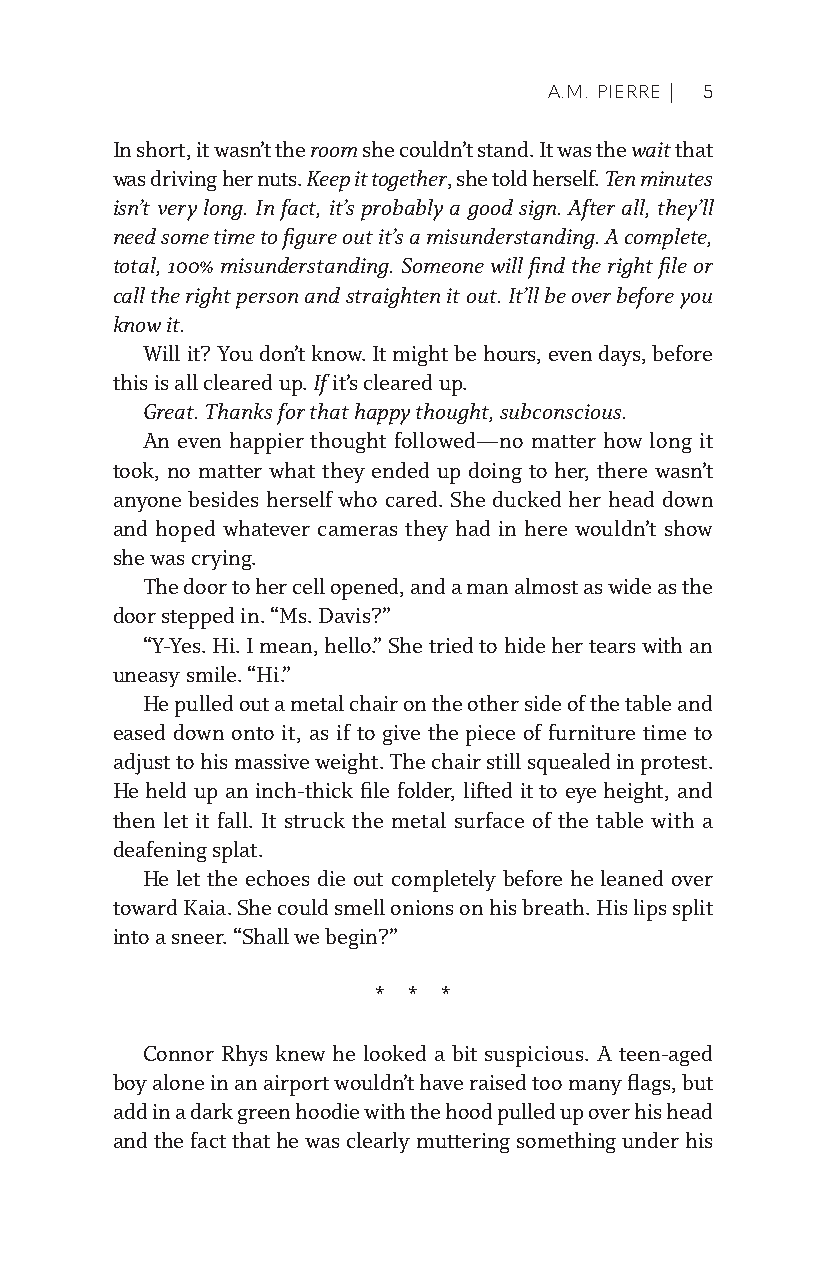
A.M. PIERRE | 5
 In short, it wasn’t the room she couldn’t stand. It was the wait that
 was driving her nuts. Keep it together, she told herself. Ten minutes
 isn’t very long. In fact, it’s probably a good sign. After all, they’ll
 need some time to figure out it’s a misunderstanding. A complete,
 total, 100% misunderstanding. Someone will find the right file or
 call the right person and straighten it out. It’ll be over before you
 know it.
 Will it? You don’t know. It might be hours, even days, before
 this is all cleared up. If it’s cleared up.
 Great. Thanks for that happy thought, subconscious.
 An even happier thought followed—no matter how long it
 took, no matter what they ended up doing to her, there wasn’t
 anyone besides herself who cared. She ducked her head down
 and hoped whatever cameras they had in here wouldn’t show
 she was crying.
 The door to her cell opened, and a man almost as wide as the
 door stepped in. “Ms. Davis?”
 “Y-Yes. Hi. I mean, hello.” She tried to hide her tears with an
 uneasy smile. “Hi.”
 He pulled out a metal chair on the other side of the table and
 eased down onto it, as if to give the piece of furniture time to
 adjust to his massive weight. The chair still squealed in protest.
 He held up an inch-thick file folder, lifted it to eye height, and
 then let it fall. It struck the metal surface of the table with a
 deafening splat.
 He let the echoes die out completely before he leaned over
 toward Kaia. She could smell onions on his breath. His lips split
 into a sneer. “Shall we begin?”
 * * *
 Connor Rhys knew he looked a bit suspicious. A teen-aged
 boy alone in an airport wouldn’t have raised too many flags, but
 add in a dark green hoodie with the hood pulled up over his head
 and the fact that he was clearly muttering something under his